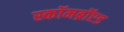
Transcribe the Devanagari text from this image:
स्कॉमब्रॉएड